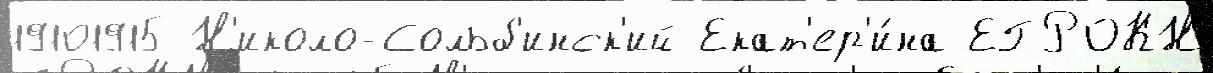
19101915 Н'иколо-Сольб'инск'ий Екат'ер'и́на ЕГРОКН